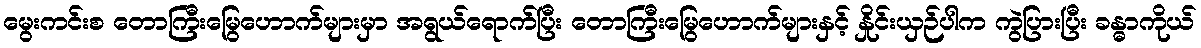
မွေးကင်းစ တောကြီးမြွေဟောက်များမှာ အရွယ်ရောက်ပြီး တောကြီးမြွေဟောက်များနှင့် နှိုင်းယှဉ်ပါက ကွဲပြားပြီး ခန္ဓာကိုယ်